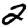
Digit: 2